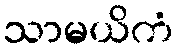
သာမယိကံ